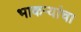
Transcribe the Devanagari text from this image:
भाकऱ्यांचा